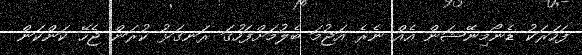
ފަހަރަކު ޑެނޯމިނޭޝަން އެއް ނެރެ އަޖުމަ ބެލުމަށްފަހުގަ ރަނގަޅު ކުރަން ޖެހޭ ކަންކަން